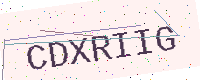
Text: CDXRIIG